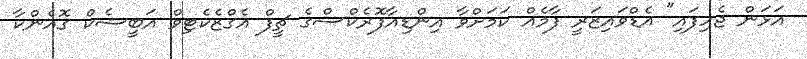
އަޅަން ޖެހިފައި" އެޑްވައިޒަރީ ފާމެއް ކަމަށްވާ އިންޑިއާފޮރެކްސްގެ ޗީފް އެގްޒެކެޓިވް އަބީޝެކް ގޮއެންކާ